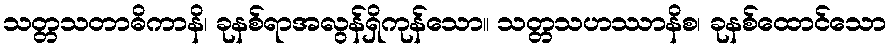
သတ္တသတာဓိကာနိ၊ ခုနစ်ရာအလွန်ရှိကုန်သော။ သတ္တသဟဿာနိစ၊ ခုနစ်ထောင်သော